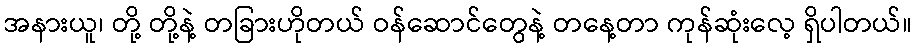
အနားယူ၊ တို့ တို့နဲ့ တခြားဟိုတယ် ဝန်ဆောင်တွေနဲ့ တနေ့တာ ကုန်ဆုံးလေ့ ရှိပါတယ်။